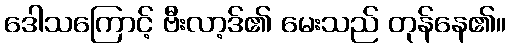
ဒေါသကြောင့် ဗီးလာ့ဒ်၏ မေးသည် တုန်နေ၏။